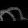
Digit: ၈